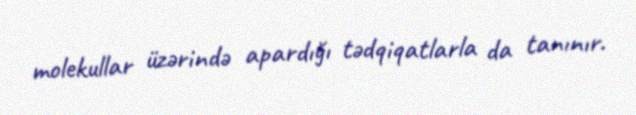
molekullar üzərində apardığı tədqiqatlarla da tanınır.